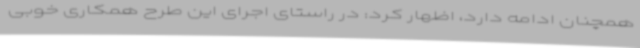
همچنان ادامه دارد، اظهار کرد: در راستای اجرای این طرح همکاری خوبی